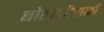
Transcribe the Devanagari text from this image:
बोलणीसाठी